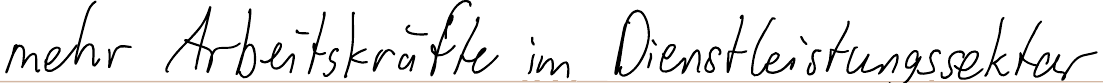
mehr Arbeitskräfte im Dienstleistungssektor